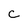
Character: c